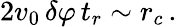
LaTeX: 2v_{0}\, \delta\varphi\, t_{r}\sim r_{c}\, .